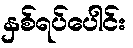
နှစ်ရပ်ပေါင်း